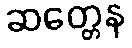
ဆတ္တေန